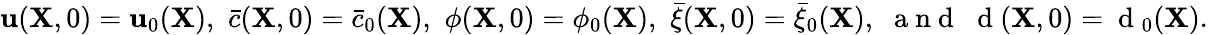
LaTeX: {\mathbf u}({\mathbf X},0)={\mathbf u}_{0}({\mathbf X}),\, \, \bar{c}({\mathbf X},0)=\bar{c}_{0}({\mathbf X}),\, \, \phi({\mathbf X},0)=\phi_{0}({\mathbf X}),\, \, \bar{\xi}({\mathbf X},0)=\bar{\xi}_{0}({\mathbf X}),\, \, \mathrm{~a~n~d~}\, \, \mathrm{~d~}({\mathbf X},0)=\mathrm{~d~}_{0}({\mathbf X}).